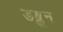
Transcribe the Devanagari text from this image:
डब्लून